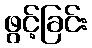
ဖွင့်ခြင်း